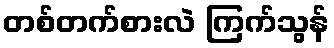
တစ်တက်စားလဲ ကြက်သွန်